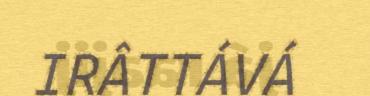
IRÂTTÁVÁ